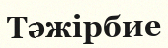
Тәжірбие